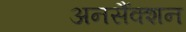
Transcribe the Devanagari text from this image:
अनसैंक्शन